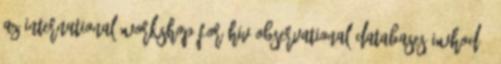
az International Workshop for HIV Observational Databases IWHOD -